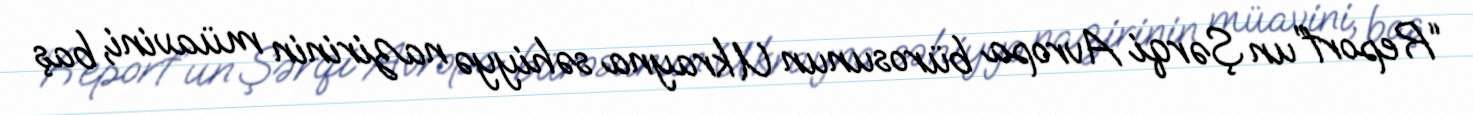
“Report”un Şərqi Avropa bürosunun Ukrayna səhiyyə nazirinin müavini, baş